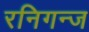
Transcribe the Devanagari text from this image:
रनिगन्ज